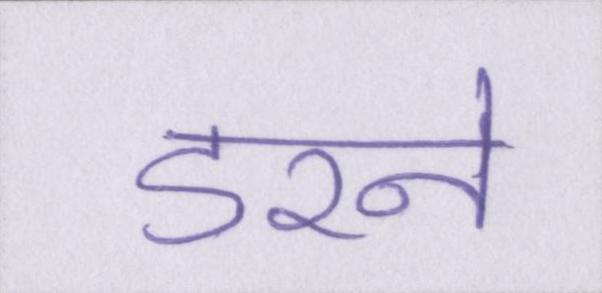
डरने